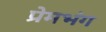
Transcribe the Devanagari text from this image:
प्रेमभंग